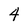
Character: 4